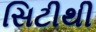
સિટીથી